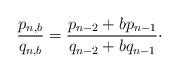
LaTeX: \begin{align*}\frac{p_{n,b}}{q_{n,b}} = \frac{p_{n - 2} + bp_{n - 1}}{q_{n - 2} + bq_{n - 1}}\cdot\end{align*}